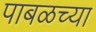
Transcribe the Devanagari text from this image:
पाबळच्या